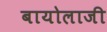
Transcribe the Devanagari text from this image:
बायोलाजी